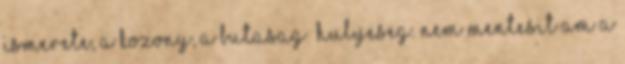
ismerete, a kozony, a butasag hulyeseg. nem mentesit am a